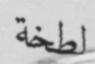
لطخة